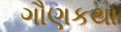
ગૌણકથા